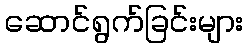
ဆောင်ရွက်ခြင်းများ